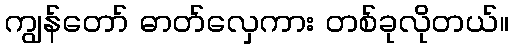
ကျွန်တော် ဓာတ်လှေကား တစ်ခုလိုတယ်။